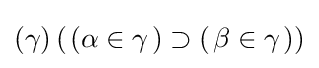
(\gamma )\,(\left.(\alpha \in \gamma \right.)\supset (\left.\beta \in \gamma \right.))